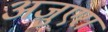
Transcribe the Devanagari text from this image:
अजुएरा